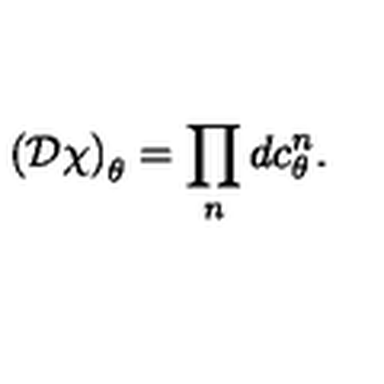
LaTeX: \left( { \cal D } \chi \right) _ { \theta } = \prod _ { n } d c _ { \theta } ^ { n } .